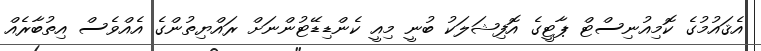
އެޤައުމުގެ ކޮމިއުނިސްޓް ޕާޓީގެ އޮފިޝަލަކު ބުނީ މިއީ ކެންޑިޑޭޓުންނަށް ރައްޔިތުންގެ އެއްވެސް އިތުބާރެއް